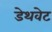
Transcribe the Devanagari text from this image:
डेथवेट